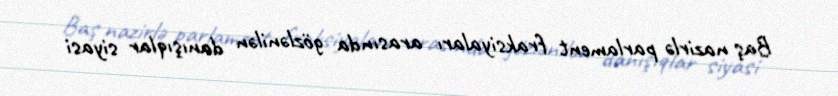
Baş nazirlə parlament fraksiyaları arasında gözlənilən danışıqlar siyasi